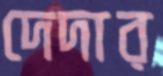
দেদার